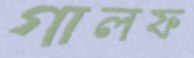
গালফ